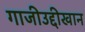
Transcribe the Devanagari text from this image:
गाजीउद्दीखान